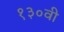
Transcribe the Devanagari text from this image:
१३०वी